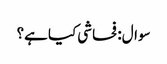
سوال: فحاشی کیا ہے؟